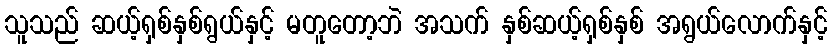
သူသည် ဆယ့်ရှစ်နှစ်ရွယ်နှင့် မတူတော့ဘဲ အသက် နှစ်ဆယ့်ရှစ်နှစ် အရွယ်လောက်နှင့်